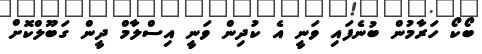
ބޯކޯ ހަރާމުން ބުނެފައި ވަނީ އެ ކުދިން ވަނީ އިސްލާމް ދީން ގަބޫލްކޮށް